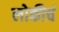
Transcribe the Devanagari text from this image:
लोकीचं